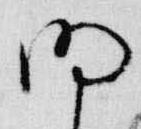
明